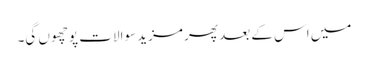
میں اس کے بعد پھر مزید سوالات پوچھوں گی۔